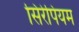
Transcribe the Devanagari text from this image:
सिरेपियम